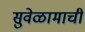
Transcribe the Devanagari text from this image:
सुवेळामाची